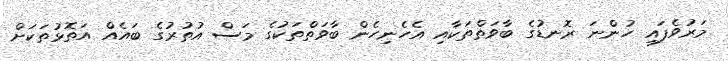
މަރުވެފައި ހުންނަ ރޮނޑުގެ ބާވަތްތަކާއި އެހެނިހެން ބާވަތްތަކުގެ މަސް އުތުރުގެ ބައެއް އަތޮޅުތަކަށް